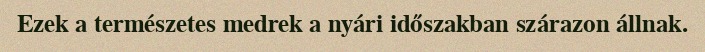
Ezek a természetes medrek a nyári időszakban szárazon állnak.